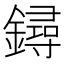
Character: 鐞